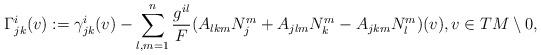
LaTeX: \begin{align*}\Gamma^i_{jk}(v):=\gamma^i_{jk}(v) -\sum_{l,m=1}^n \frac{g^{il}}{F}(A_{lkm}N^m_j +A_{jlm}N^m_k -A_{jkm}N^m_l)(v), v \in TM \setminus 0,\end{align*}